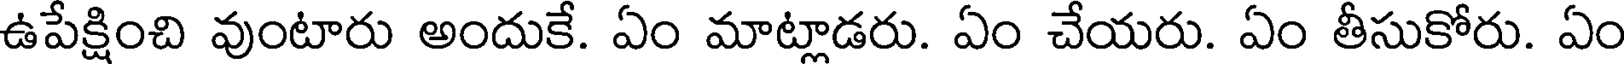
ఉపేక్షించి వుంటారు అందుకే. ఏం మాట్లాడరు. ఏం చేయరు. ఏం తీసుకోరు. ఏం